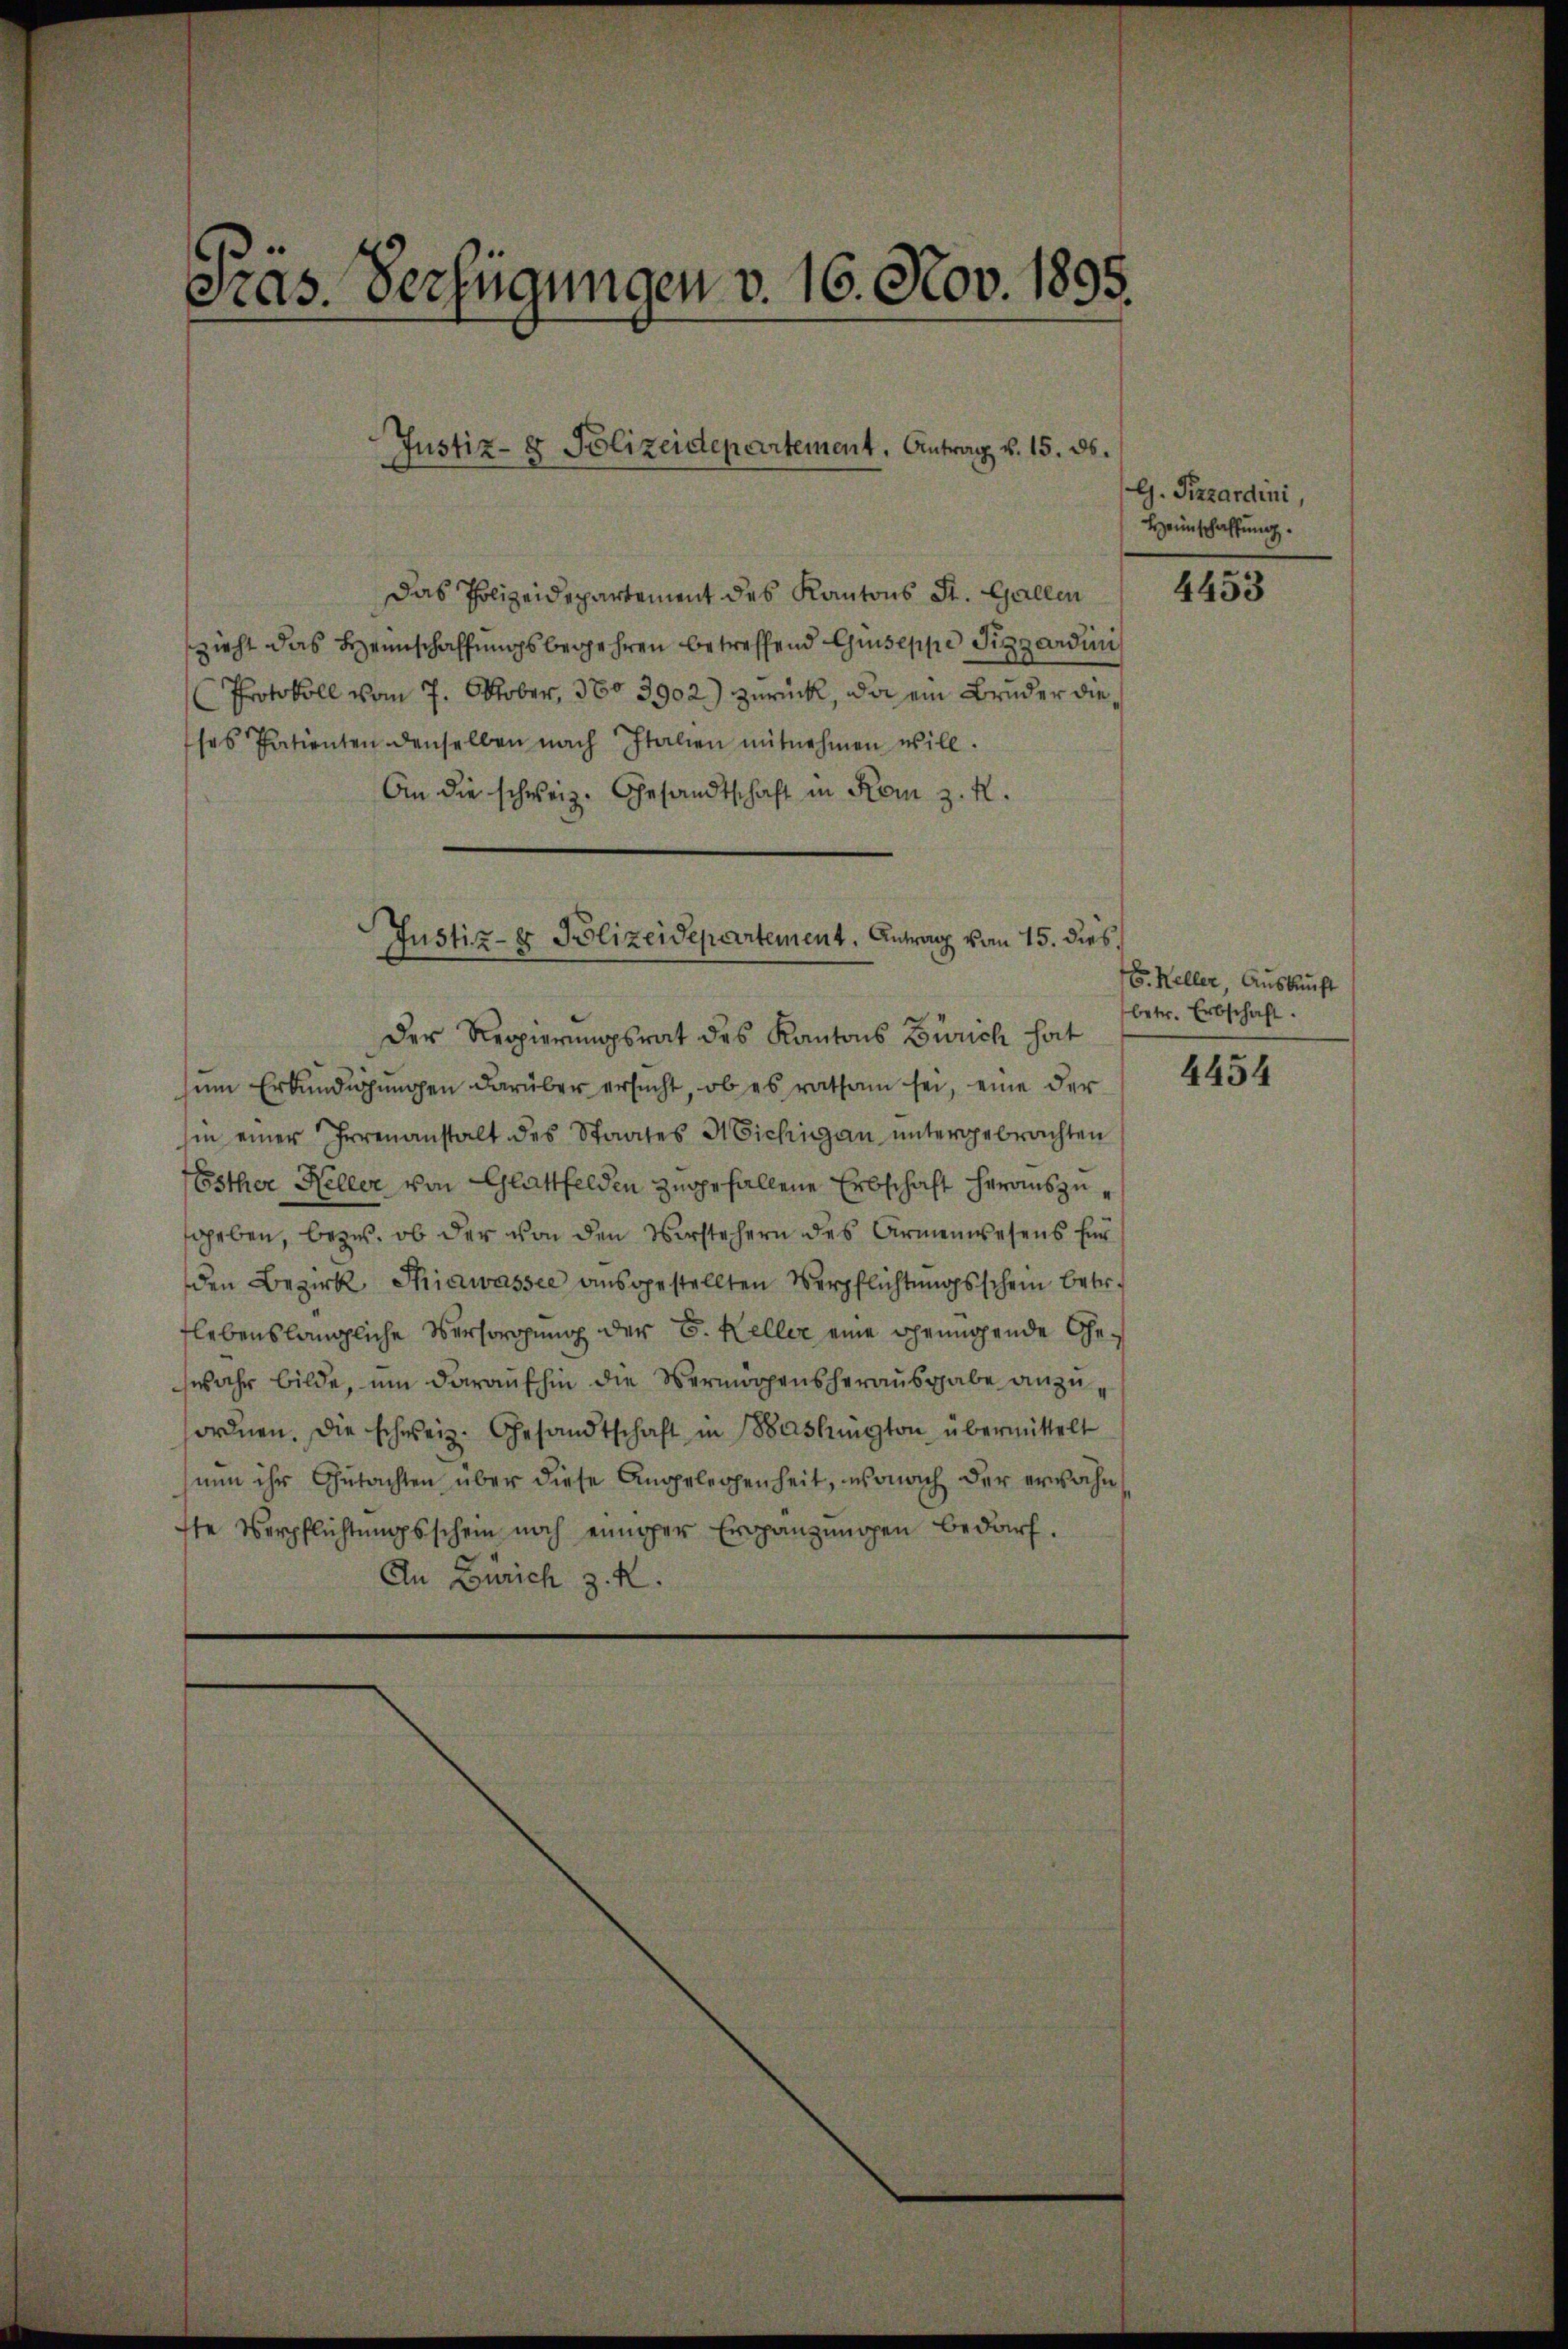
Pras. Verfügungen v. 16. Nov. 1895.

Das Polizeidepartement des Kantons St. Gallen
zieht das Heimschaffungsbegehren betreffend Guseppe Sizzardini
Protokoll vom 7. Oktober, 380 3902) zurück, da ein Bruder die
ses Patienten denselben nach Italien mitnehmen will.
An die schweiz. Gesandtschaft in Rom z. R.
Der Regierungsrat des Kantons Zürich hat
sein Erkundigungen darüber ersucht, ob es ratsam sei, eine der
hin einer Irrenanstalt des Staates Michigau untergebrachten
Esther Heller von Glattfelden zugefallene Erbschaft herauszusgeben, bezw. ob der von den Vorstehern des Armenwesens für
den Bezirk Thiawassee ausgestellten Verpflichtungsschein betr.
flebenslängliche Versorgung der E. Keller eine genügende Gewahr bilde, um daraufhin die Vermögensherausgabe anzuordnen. Die schweiz. Gesandtschaft in Baslington übermittelt
nun ihr Gutachten über diese Angelegenheit, wonach der erwähn
ste Verpflichtungsschein noch einiger Ergänzungen bedarf.
An Zürich z. K.

Justiz- & Polizeidepartement, Antrag v. 15. ds.

Justiz- & Polizeidepartement. Antrag vom 15. dies

G. Pizzardini,
Heimschaffung.

4453

E. Keller, Auskunft
betr. Erbschaft.

4454